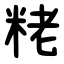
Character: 粩